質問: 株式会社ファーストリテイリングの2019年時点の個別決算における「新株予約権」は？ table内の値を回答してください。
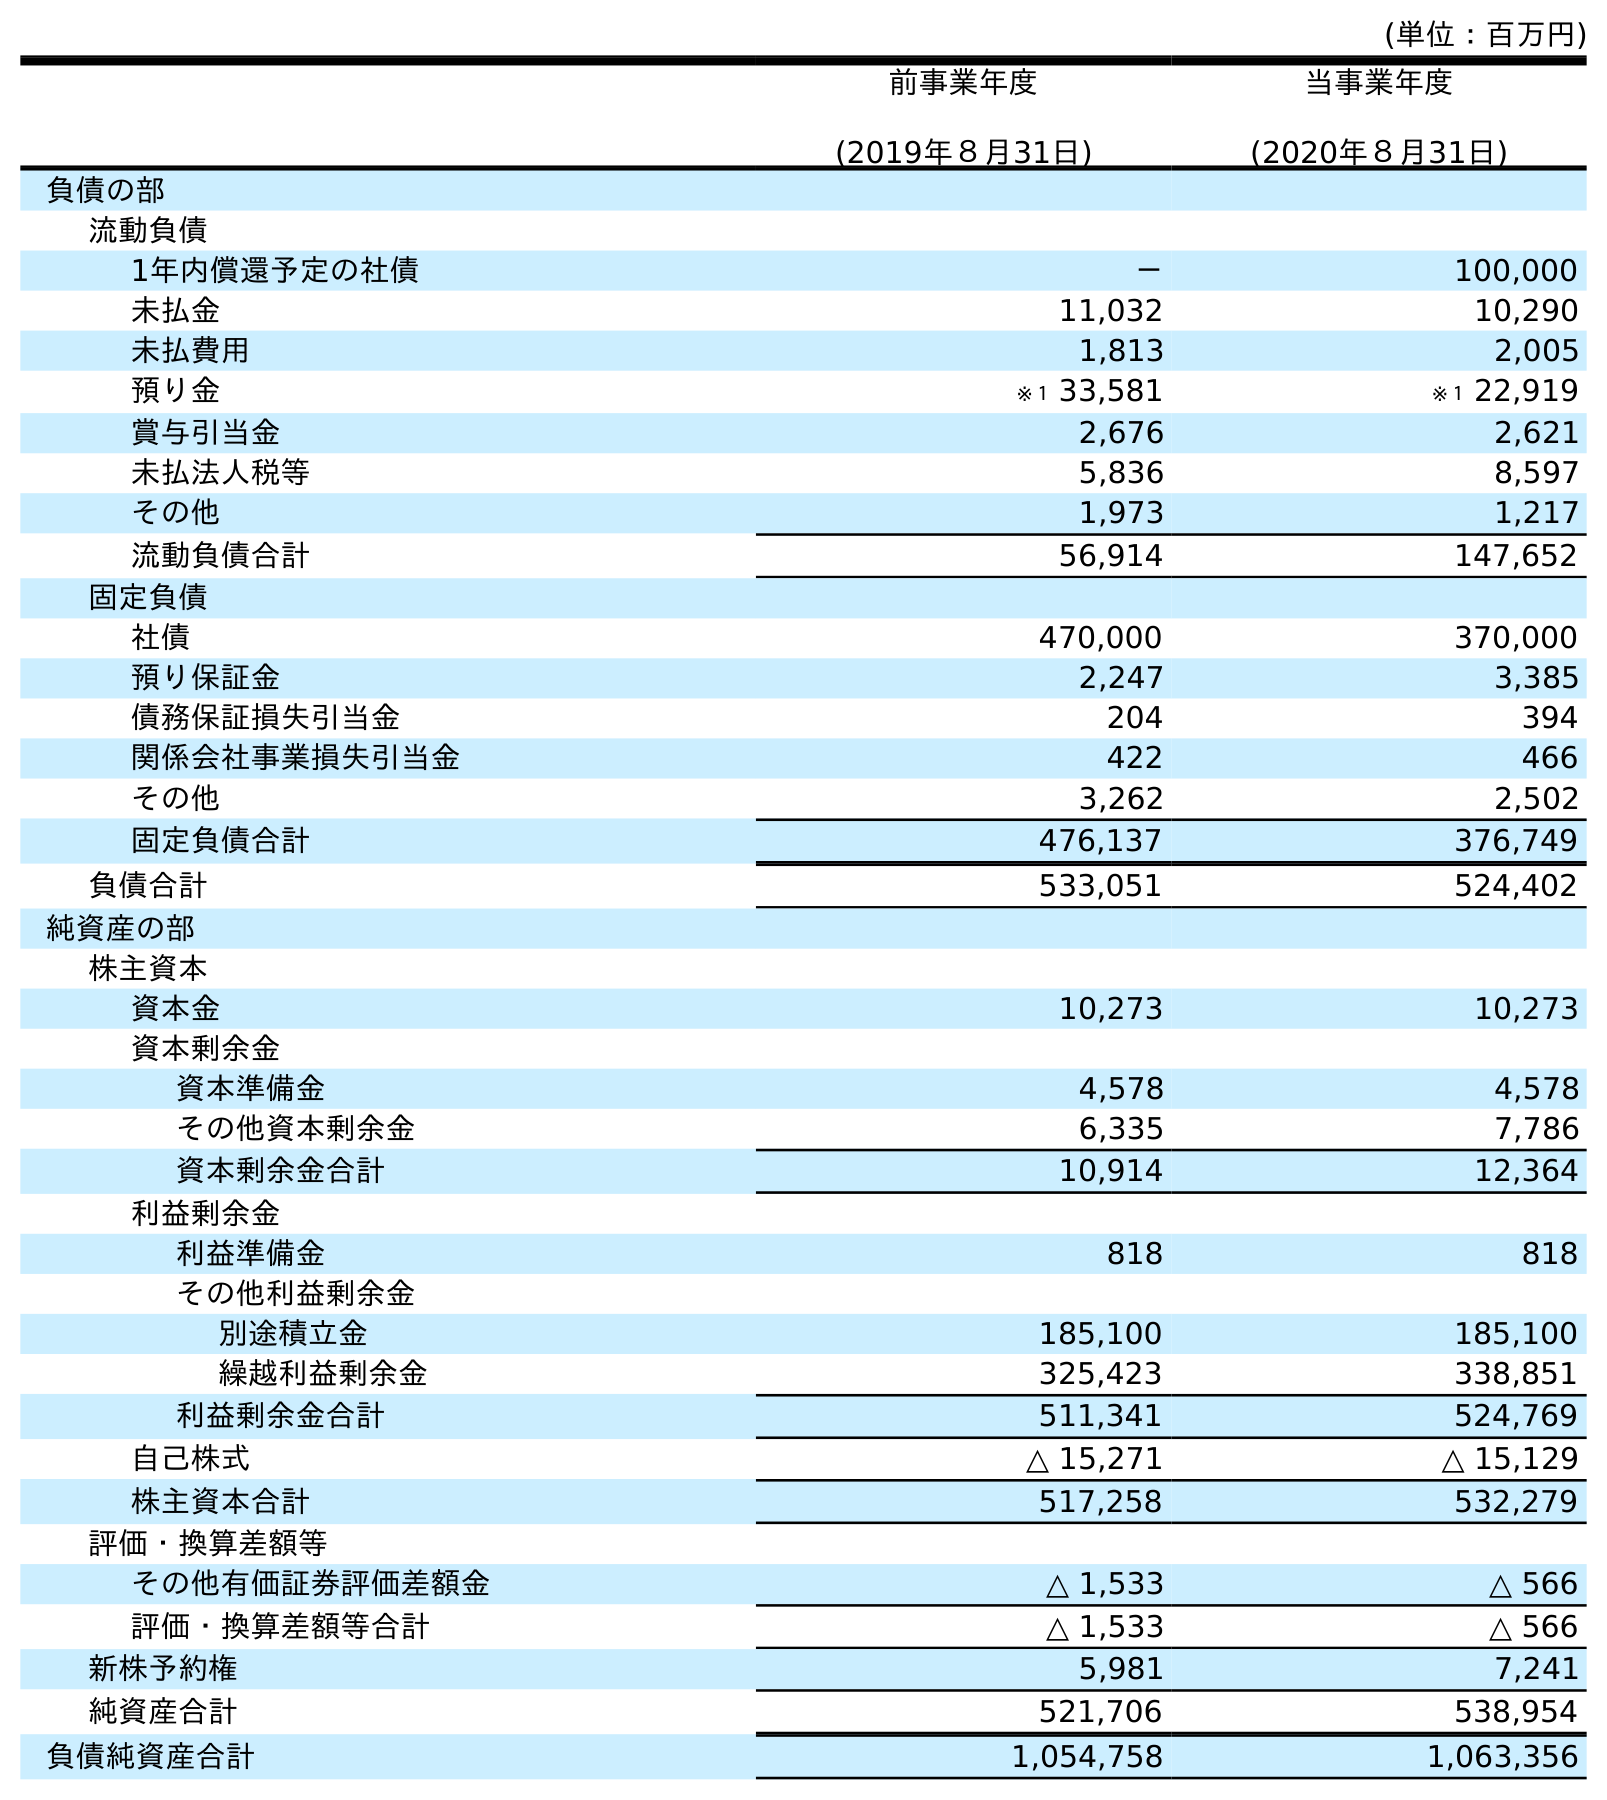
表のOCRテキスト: (単位：百万円) 前事業年度 (2019年８月31日) 当事業年度 (2020年８月31日) 負債の部 流動負債 1年内償還予定の社債 － 100,000 未払金 11,032 10,290 未払費用 1,813 2,005 預り金 ※１ 33,581 ※１ 22,919 賞与引当金 2,676 2,621 未払法人税等 5,836 8,597 その他 1,973 1,217 流動負債合計 56,914 147,652 固定負債 社債 470,000 370,000 預り保証金 2,247 3,385 債務保証損失引当金 204 394 関係会社事業損失引当金 422 466 その他 3,262 2,502 固定負債合計 476,137 376,749 負債合計 533,051 524,402 純資産の部 株主資本 資本金 10,273 10,273 資本剰余金 資本準備金 4,578 4,578 その他資本剰余金 6,335 7,786 資本剰余金合計 10,914 12,364 利益剰余金 利益準備金 818 818 その他利益剰余金 別途積立金 185,100 185,100 繰越利益剰余金 325,423 338,851 利益剰余金合計 511,341 524,769 自己株式 △ 15,271 △ 15,129 株主資本合計 517,258 532,279 評価・換算差額等 その他有価証券評価差額金 △ 1,533 △ 566 評価・換算差額等合計 △ 1,533 △ 566 新株予約権 5,981 7,241 純資産合計 521,706 538,954 負債純資産合計 1,054,758 1,063,356
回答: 5,981